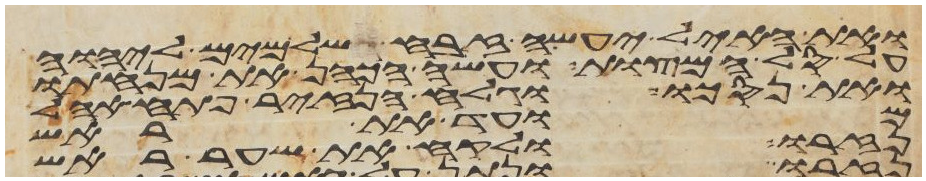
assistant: ואת האיל יעשה זבח שלמים ליהוה
על סל המצות ועשה הכהן את מנחתו
ואת נסכו וגלח הנזיר פתח אהל
מועד את ראש
נזרו ולקח את שער ראש